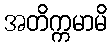
အတိက္ကမာမိ